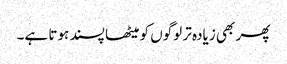
پھر بھی زیادہ تر لوگوں کو میٹھا پسند ہوتا ہے۔